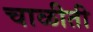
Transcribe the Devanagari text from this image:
चाळीती